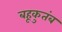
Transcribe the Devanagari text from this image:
बहूकुतंब